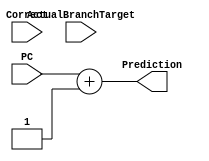
//////////////////////////////////////////////////////////////////////////////////
// Organization: SNUECE
// Student: Jaewon Chung
// 
// Module Name: Always not-taken predictor
// Project Name: Computer organization Project 6
//////////////////////////////////////////////////////////////////////////////////

`define WORD_SIZE 16    // data and address word size


module AlwaysNTPredictor (
    input [`WORD_SIZE-1:0] PC,
    input Correct,
    input [`WORD_SIZE-1:0] ActualBranchTarget,
    output [`WORD_SIZE-1:0] Prediction
    );
    /*
    [Always not-taken branch predictor module]
    Purpose:
        A placeholder(or framework) for future possibility of implementing a better branch predictor.
        Always predicts PC+1 for any jump or branch instruction.
    */
    
    assign Prediction = PC + 1;
    
endmodule